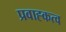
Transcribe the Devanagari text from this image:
प्रवाह्कत्व